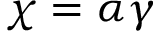
\chi = \alpha \gamma